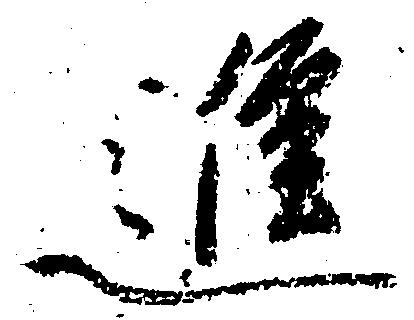
進